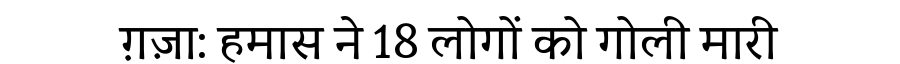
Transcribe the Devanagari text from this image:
ग़ज़ा: हमास ने 18 लोगों को गोली मारी